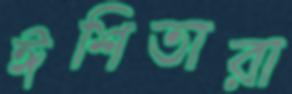
ঈশিতারা